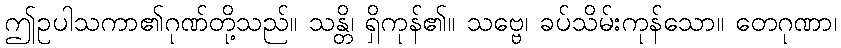
ဤဥပါသကာ၏ဂုဏ်တို့သည်။ သန္တိ၊ ရှိကုန်၏။ သဗ္ဗေ၊ ခပ်သိမ်းကုန်သော။ တေဂုဏာ၊